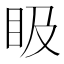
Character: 𥄫